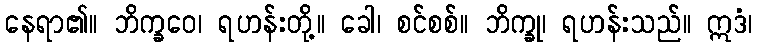
နေရာ၏။ ဘိက္ခဝေ၊ ရဟန်းတို့။ ခေါ၊ စင်စစ်။ ဘိက္ခု၊ ရဟန်းသည်။ ဣဒံ၊